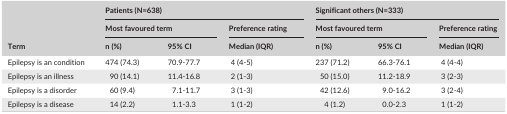
<table><thead><tr><td rowspan="3"><b>Term</b></td><td colspan="3"><b>Patients (N=638)</b></td><td colspan="3"><b>Significant others (N=333)</b></td></tr><tr><td colspan="2"><b>Most favoured term</b></td><td><b>Preference rating</b></td><td colspan="2"><b>Most favoured term</b></td><td><b>Preference rating</b></td></tr><tr><td><b>n (%)</b></td><td><b>95% CI</b></td><td><b>Median (IQR)</b></td><td><b>n (%)</b></td><td><b>95% CI</b></td><td><b>Median (IQR)</b></td></tr></thead><tbody><tr><td>Epilepsy is an condition</td><td>474 (74.3)</td><td>70.9‐77.7</td><td>4 (4‐5)</td><td>237 (71.2)</td><td>66.3‐76.1</td><td>4 (4‐4)</td></tr><tr><td>Epilepsy is an illness</td><td>90 (14.1)</td><td>11.4‐16.8</td><td>2 (1‐3)</td><td>50 (15.0)</td><td>11.2‐18.9</td><td>3 (2‐3)</td></tr><tr><td>Epilepsy is a disorder</td><td>60 (9.4)</td><td>7.1‐11.7</td><td>3 (1‐3)</td><td>42 (12.6)</td><td>9.0‐16.2</td><td>3 (2‐4)</td></tr><tr><td>Epilepsy is a disease</td><td>14 (2.2)</td><td>1.1‐3.3</td><td>1 (1‐2)</td><td>4 (1.2)</td><td>0.0‐2.3</td><td>1 (1‐2)</td></tr></tbody></table>